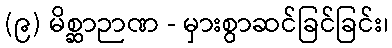
(၉) မိစ္ဆာဉာဏ - မှားစွာဆင်ခြင်ခြင်း၊